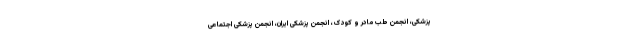
پزشکی، انجمن طب مادر و کودک، انجمن پزشکی ایران، انجمن پزشکی اجتماعی